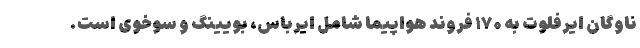
ناوگان ایرفلوت به ۱۷۰ فروند هواپیما شامل ایرباس، بویینگ و سوخوی است.